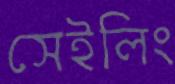
সেইলিং